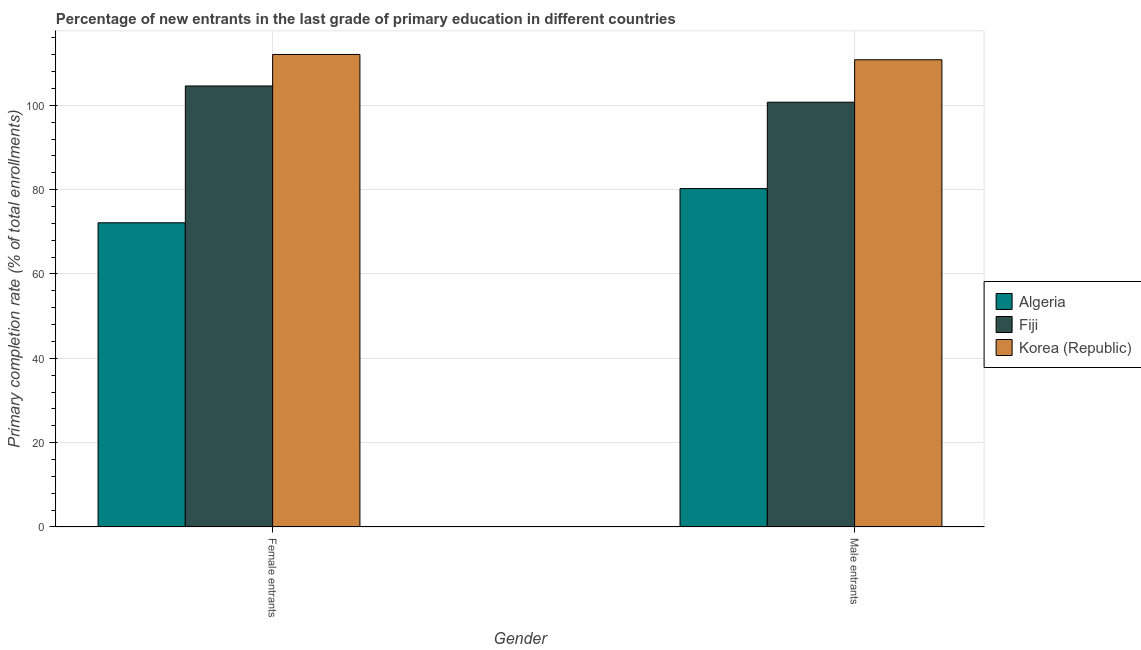
| Gender | Algeria | Fiji | Korea (Republic) |
 | --- | --- | --- | --- |
 | Female entrants | 72.1 | 105 | 112 |
 | Male entrants | 80.2 | 101 | 111 |